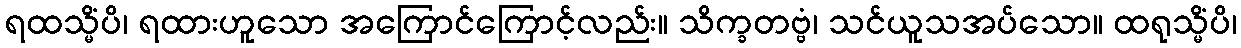
ရထသ္မိံပိ၊ ရထားဟူသော အကြောင်ကြောင့်လည်း။ သိက္ခတဗ္ဗံ၊ သင်ယူသအပ်သော။ ထရုသ္မိံပိ၊